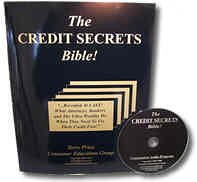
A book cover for The Credit Secrets Bible; Alliance Publishing Corporation; Law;